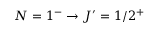
N = 1 ^ { - } \rightarrow J ^ { \prime } = 1 / 2 ^ { + }